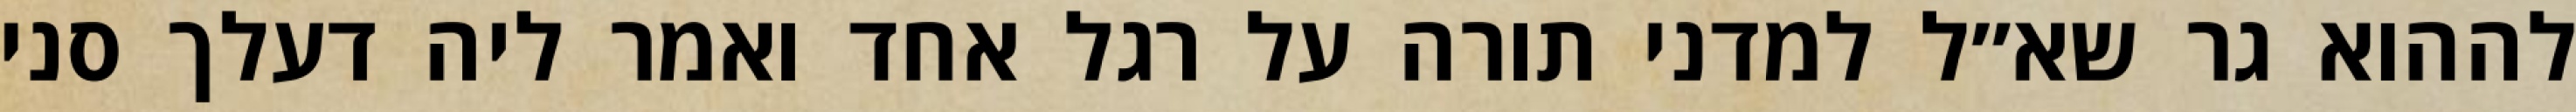
לההוא גר שא״ל למדני תורה על רגל אחד ואמר ליה דעלך סני